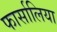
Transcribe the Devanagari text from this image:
फार्सालिया